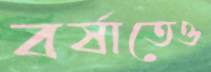
বর্ষাতেও